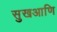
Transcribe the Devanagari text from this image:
सुखआणि